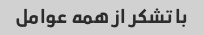
با تشکر از همه عوامل